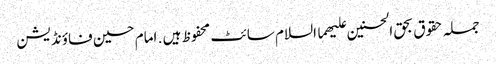
جملہ حقوق بحق الحسنین علیھما السلام سائٹ محفوظ ہیں . امام حسین فاؤنڈیشن